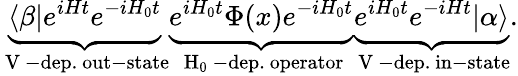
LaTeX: \underbrace{\langle\beta\lvert e^{iHt}e^{-iH_{0}t}}_{\mathrm{~V~-dep.~out-state}}\underbrace{e^{iH_{0}t}\Phi(x)e^{-iH_{0}t}}_{\mathrm{~H_0~-dep.~operator}}\underbrace{e^{iH_{0}t}e^{-iHt}\rvert\alpha\rangle}_{\mathrm{~V~-dep.~in-state}}.